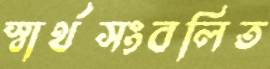
স্বার্থসংবলিত